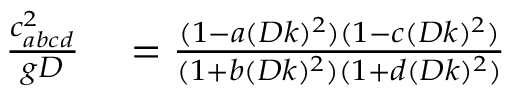
\begin{array} { r l } { \frac { c _ { a b c d } ^ { 2 } } { g D } } & { { } = \frac { ( 1 - a ( D k ) ^ { 2 } ) ( 1 - c ( D k ) ^ { 2 } ) } { ( 1 + b ( D k ) ^ { 2 } ) ( 1 + d ( D k ) ^ { 2 } ) } } \end{array}